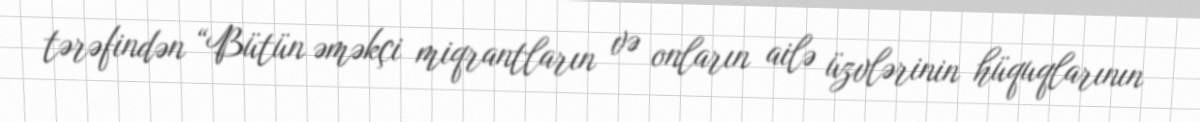
tərəfindən “Bütün əməkçi miqrantların və onların ailə üzvlərinin hüquqlarının